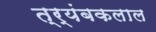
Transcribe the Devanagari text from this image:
त्र्यंबकलाल